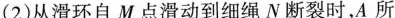
(2)从滑环自 M 点滑动到细绳 N 断裂时，A 所